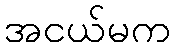
အငယ်မက